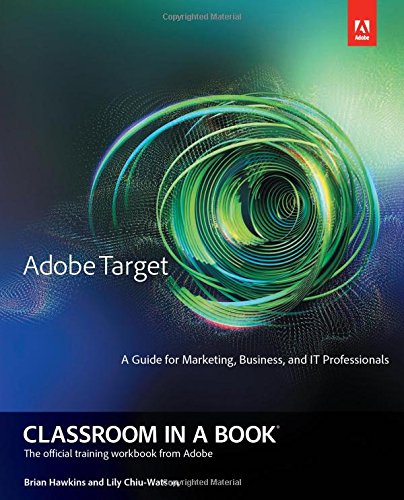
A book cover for Adobe Target Classroom in a Book; Brian Hawkins; Computers & Technology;